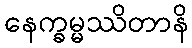
နေက္ခမ္မဿိတာနိ